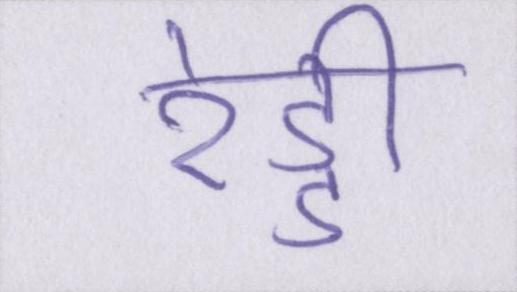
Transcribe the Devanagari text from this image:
रेड्डी